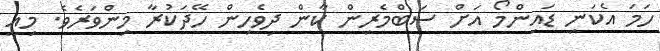
ހަމަ އެކަނި ޑައިންމޯ އަށް ސަބްމެރިން ކާން ދިވެހިން ހޭދަކުރާ މިންވަރެވެ. މިއީ